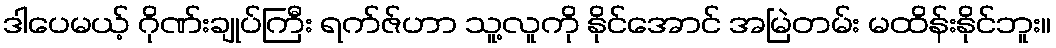
ဒါပေမယ့် ဂိုဏ်းချုပ်ကြီး ရက်ဇ်ဟာ သူ့လူကို နိုင်အောင် အမြဲတမ်း မထိန်းနိုင်ဘူး။